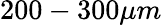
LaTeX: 200-300\mu m